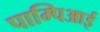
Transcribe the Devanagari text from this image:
पाम्पिआई